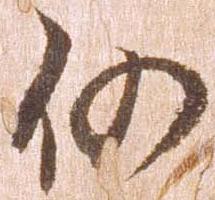
仍